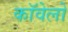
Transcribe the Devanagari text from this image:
कॉवेलो